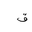
Letter: _qaf